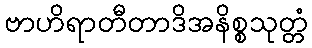
ဗာဟိရာတီတာဒိအနိစ္စသုတ္တံ